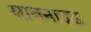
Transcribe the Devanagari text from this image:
सावनाइड